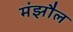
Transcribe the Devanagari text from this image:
मंझौल